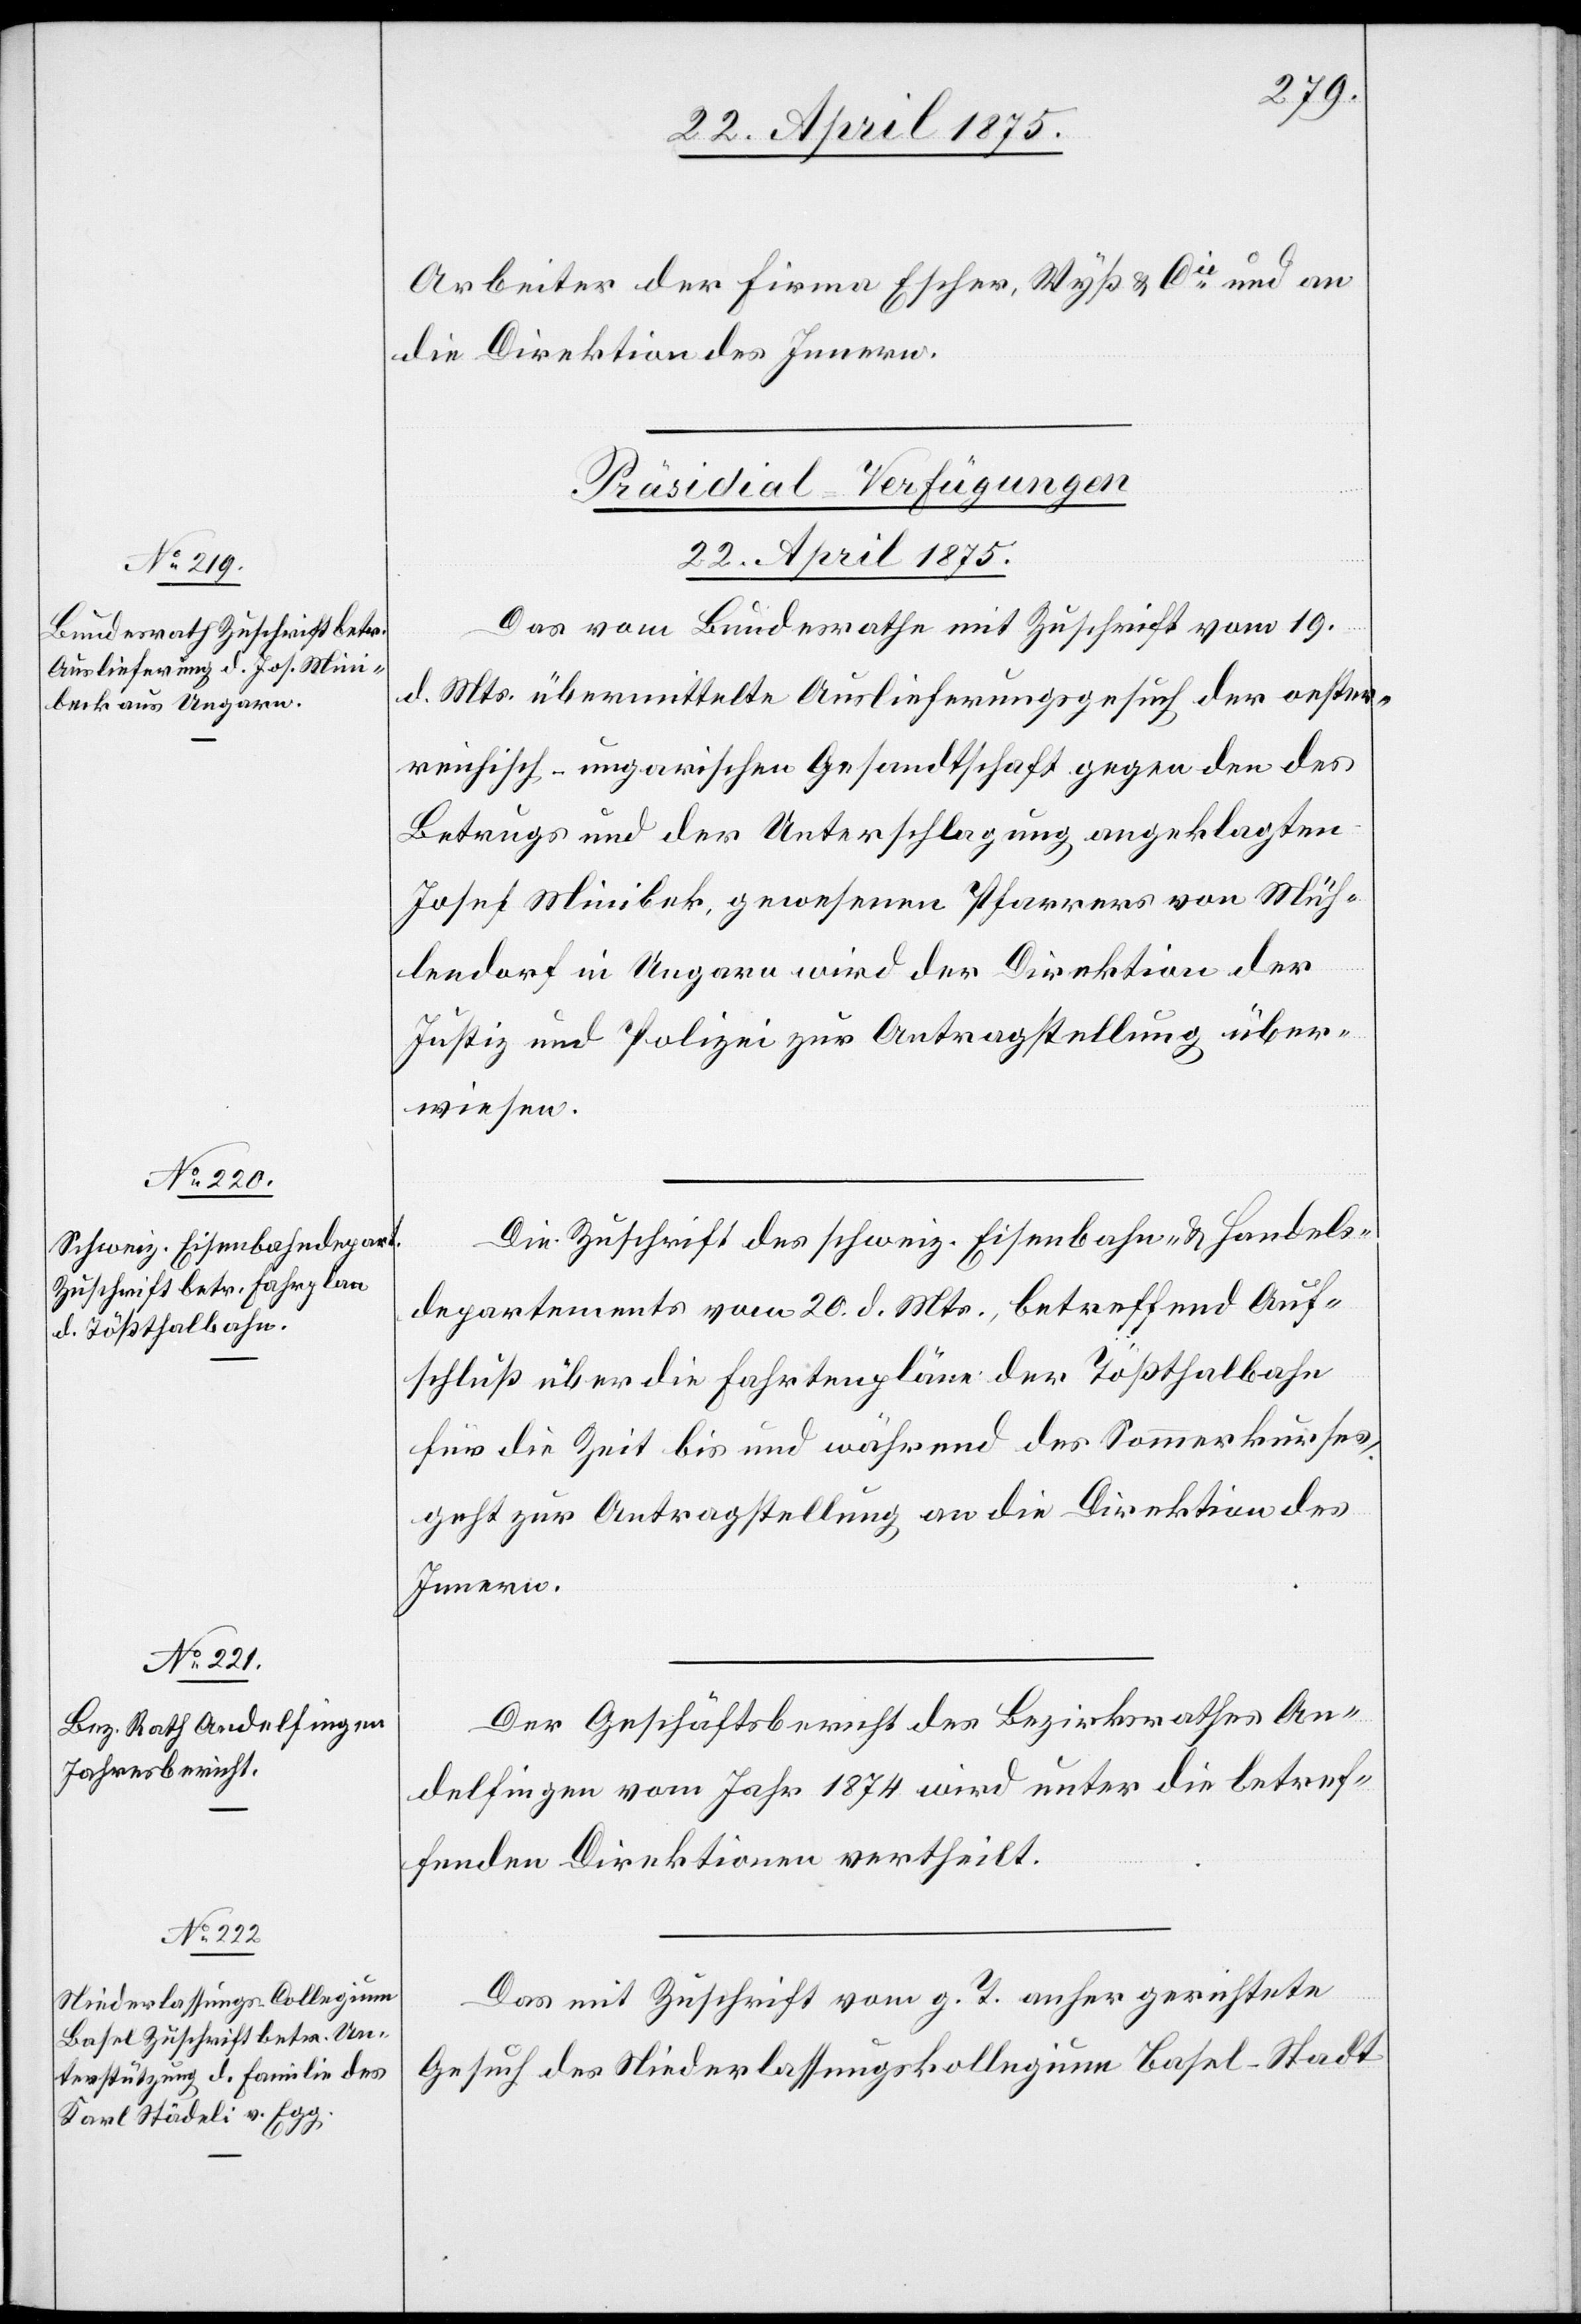
22. April 1875.]
Arbeiter der Firma Escher, Wyß & Cie und an
die Direktion des Innern.
[Präsidial-Verfügungen
Das vom Bundesrathe mit Zuschrift vom 19.
d. Mts. übermittelte Auslieferungsgesuch der oester¬
reichisch-ungarischen Gesandtschaft gegen den des
Betrugs und der Unterschlagung angeklagten
Josef Minibek [sic!] gewesenen Pfarrers von Müh¬
lendorf in Ungarn wird der Direktion der
Justiz und Polizei zur Antragstellung über¬
wiesen.
Die Zuschrift des schweiz. Eisenbahn- & Handels¬
departements von 20. d. Mts., betreffend Auf¬
schluß über die Fahrtenpläne der Tößthalbahn
für die Zeit bis und während der Sommerkurses,
geht zur Antragstellung an die Direktion des
Innern.
Der Geschäftsbericht des Bezirksrathes An¬
delfingen vom Jahr 1874 wird unter die betref¬
fenden Direktionen vertheilt.
Das mit Zuschrift vom g. T. anher gerichtete
Gesuch des Niederlassungskollegium Basel-Stadt